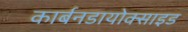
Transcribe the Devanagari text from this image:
कार्बनडायोक्साइड